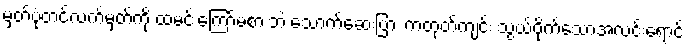
မှတ်ပုံတင်လက်မှတ်ကို ထမင်းကြော်မစားဘဲ သောက်ဆေးပြား ကတုတ်ကျင်း သွယ်ဝိုက်သောအလင်းရောင်